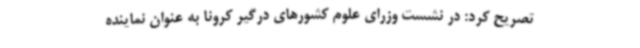
تصریح کرد: در نشست وزرای علوم کشورهای درگیر کرونا به عنوان نماینده